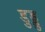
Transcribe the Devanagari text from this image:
डुड्डु